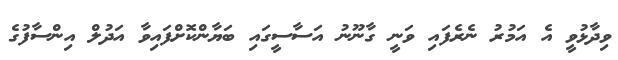
ވިދާޅުވީ އެ އަމުރު ނެރެފައި ވަނީ ގާނޫނު އަސާސީގައި ބަޔާންކޮށްފައިވާ އަދުލް އިންސާފުގެ